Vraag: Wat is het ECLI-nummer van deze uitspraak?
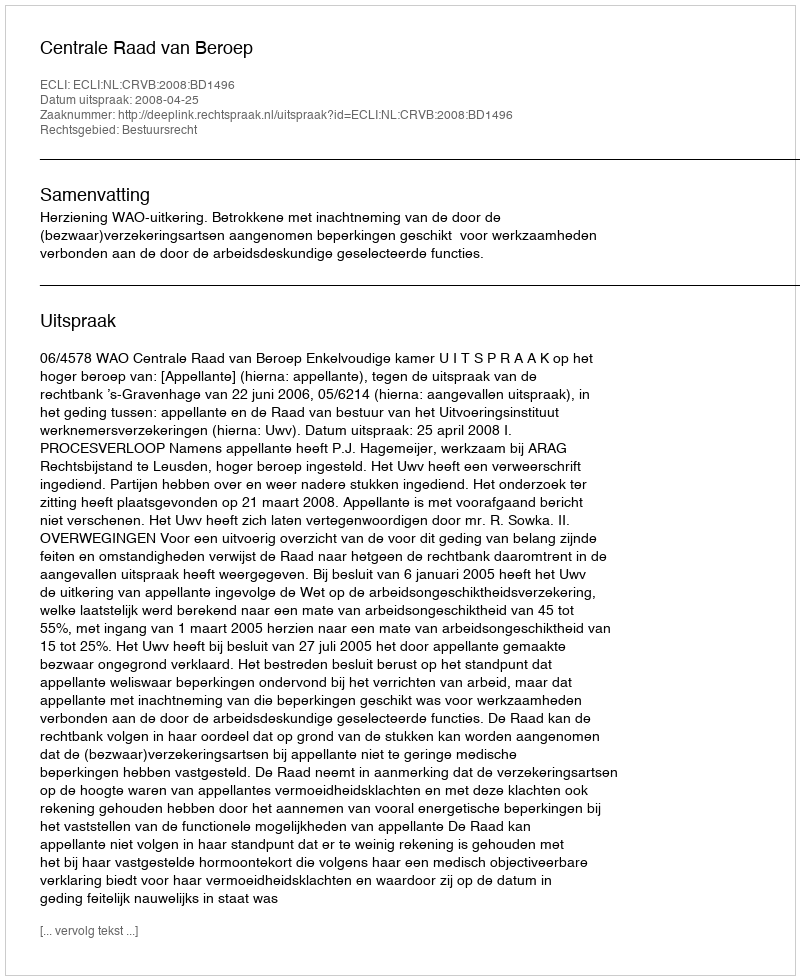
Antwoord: ECLI:NL:CRVB:2008:BD1496